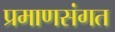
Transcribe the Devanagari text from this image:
प्रमाणसंगत